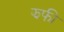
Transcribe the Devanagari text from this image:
झफी